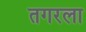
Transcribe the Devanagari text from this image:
तगरला